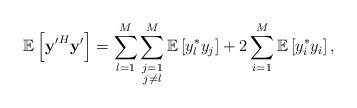
LaTeX: \begin{align*} \mathbb{E}\left[ \mathbf{y'}^H\mathbf{y}'\right]=\sum_{l=1}^M\sum\limits_{\substack{j=1\\j\neq l}}^M\mathbb{E}\left[y_l^* y_j\right]+2\sum_{i=1}^{M}\mathbb{E}\left[y_i^* y_i\right],\end{align*}